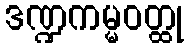
ဒဏ္ဍကမ္မဝတ္ထု